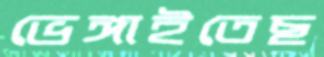
ভেঙ্গাইতেছ